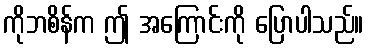
ကိုဘစိန်က ဤ အကြောင်းကို ပြောပါသည်။